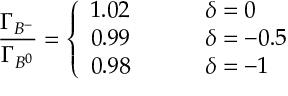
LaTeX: { \frac { \Gamma _ { B ^ { - } } } { \Gamma _ { B ^ { 0 } } } } = \left\{ \begin{array} { l l } { { 1 . 0 2 \; \; \; \; \; \; \; \; } } & { { \delta = 0 } } \\ { { 0 . 9 9 \; \; \; \; \; \; \; \; } } & { { \delta = - 0 . 5 } } \\ { { 0 . 9 8 } } & { { \delta = - 1 } } \end{array} \right.